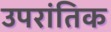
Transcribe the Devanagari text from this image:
उपरांतिक